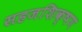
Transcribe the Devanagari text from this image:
सहजशिक्षण